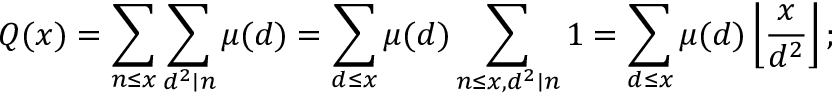
Q ( x ) = \sum _ { n \leq x } \sum _ { d ^ { 2 } \mid n } \mu ( d ) = \sum _ { d \leq x } \mu ( d ) \sum _ { n \leq x , d ^ { 2 } \mid n } 1 = \sum _ { d \leq x } \mu ( d ) \left\lfloor { \frac { x } { d ^ { 2 } } } \right\rfloor ;